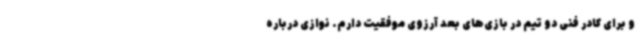
و برای کادر فنی دو تیم در بازی‌های بعد آرزوی موفقیت دارم. نوازی درباره